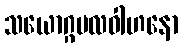
သယောဂ္ဂဗလဝါဟနော